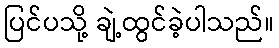
ပြင်ပသို့ ချဲ့ထွင်ခဲ့ပါသည်။